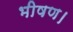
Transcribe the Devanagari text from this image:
भीषण।